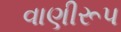
વાણીરૂપ